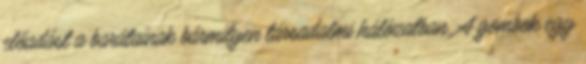
előadást a barátainak bármilyen társadalmi hálózatban. A gombok egy